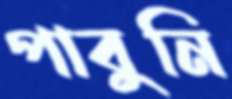
পাবুনি